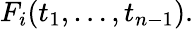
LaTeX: F_{i}(t_{1},\ldots,t_{n-1}).